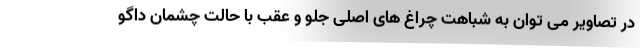
در تصاویر می توان به شباهت چراغ های اصلی جلو و عقب با حالت چشمان داگو